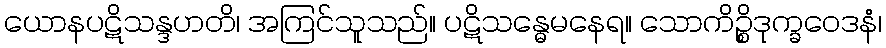
ယောနပဋိသန္ဒဟတိ၊ အကြင်သူသည်။ ပဋိသန္ဓေမနေရ။ သောကိဉ္စိဒုက္ခဝေဒနံ၊